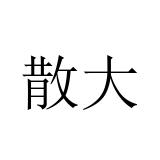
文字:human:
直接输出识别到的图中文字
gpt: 散大